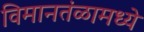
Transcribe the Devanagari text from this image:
विमानतंळामध्ये